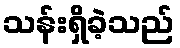
သန်းရှိခဲ့သည်